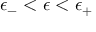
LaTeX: \: \epsilon _ { - } < \epsilon < \epsilon _ { + } \: